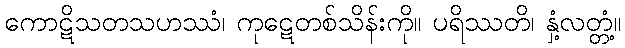
ကောဋိသတသဟဿံ၊ ကုဋေတစ်သိန်းကို။ ပရိဿတိ၊ နှံ့လတ္တံ့။